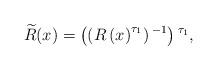
LaTeX: \begin{align*}\widetilde{R}(x)= \left(\left(R\left(x\right)^{\tau_1}\right){}^{-1}\right){}^{\tau _1},\end{align*}